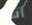
أنك